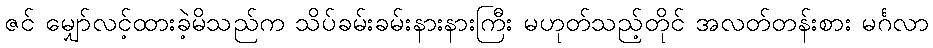
ဇင် မျှော်လင့်ထားခဲ့မိသည်က သိပ်ခမ်းခမ်းနားနားကြီး မဟုတ်သည့်တိုင် အလတ်တန်းစား မင်္ဂလာ